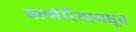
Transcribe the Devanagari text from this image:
बल्गेरियामधून